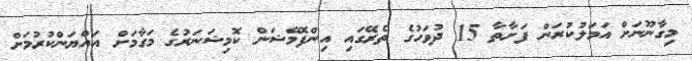
މިގާނޫނަށް އަމަލުކުރަން ފަށާތާ 15 ދުވަހުގެ ތެރޭގައި އިންފޮމޭޝަން ކޮމިޝަނަރުގެ މަގާމަށް އައްޔަންކުރުމަށް